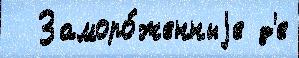
  Заморо́женныjе д'е